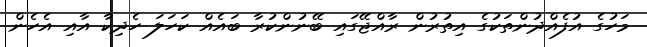
މަހުގެ އުފެއްދުންތަކުގެ އިތުރުން ރާއްޖޭގައި ބޭނުންކުރާ ބައެއް ކަހަލަ ހެދިކާ އާއި އެހެން